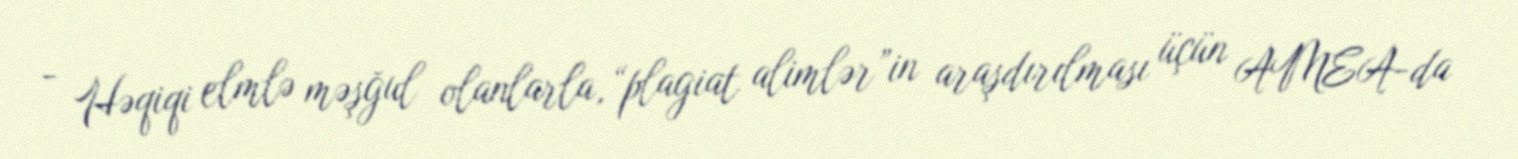
- Həqiqi elmlə məşğul olanlarla, “plagiat alimlər”in araşdırılması üçün AMEA-da